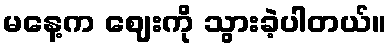
မနေ့က ဈေးကို သွားခဲ့ပါတယ်။